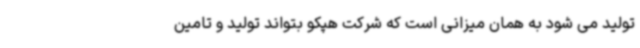
تولید می شود به همان میزانی است که شرکت هپکو بتواند تولید و تامین